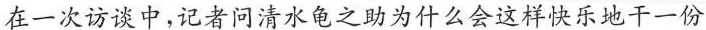
在一次访谈中，记者问清水龟之助为什么会这样快乐地干一份